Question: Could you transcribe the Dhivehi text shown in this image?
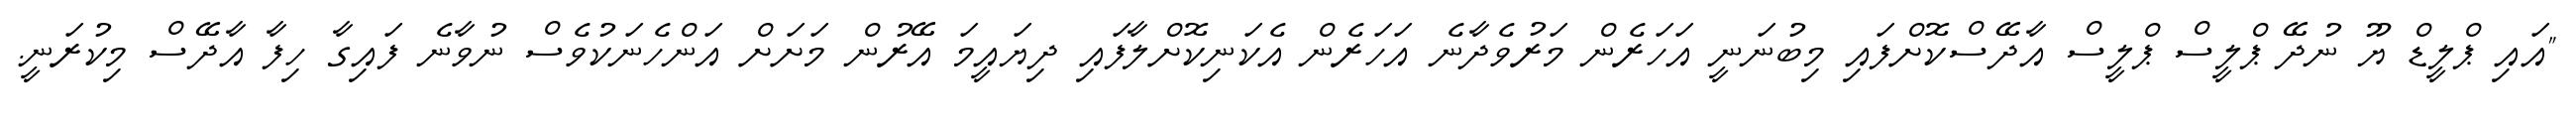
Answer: "އައި ޕްލީޑް ޔޫ ނުދޭ ޕްލީސް ޕްލީސް އާދޭސްކޮށްފައި މިބުނަނީ އަހަރެން މަރުވެދާނެ އަހަރެން އެކަނިކޮށްލާފައި ދިޔައީމަ އޭރުން މަށަށް އަންހެނަކުވެސް ނުވާނެ ފައިގާ ހިފާ އާދޭސް މިކުރަނީ.